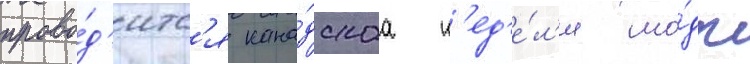
прово́д'итс'я кана́дскаа н'ед'е́л'я мо́ды